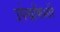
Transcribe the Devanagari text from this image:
उपेन्द्रकिशोरे